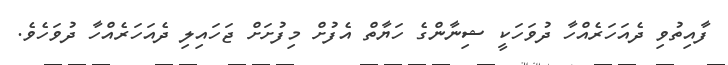
ފާއިތުވި ދެއަހަރެއްހާ ދުވަހަކީ ޝިނާންގެ ހަޔާތް އެފުށް މިފުށަށް ޖަހައިލި ދެއަހަރެއްހާ ދުވަހެވެ.